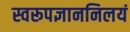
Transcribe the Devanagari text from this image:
स्वरूपज्ञाननिलयं